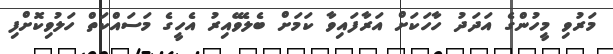
މަރުވި މީހުންގެ އަދަދު ހާހަކަށް އަރާފައިވާ ކަމަށް ބެލެވޭއިރު އެހީގެ މަސައްކަތް ހަލުވިކޮށްފި